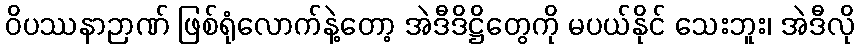
ဝိပဿနာဉာဏ် ဖြစ်ရုံလောက်နဲ့တော့ အဲဒီဒိဋ္ဌိတွေကို မပယ်နိုင် သေးဘူး၊ အဲဒီလို